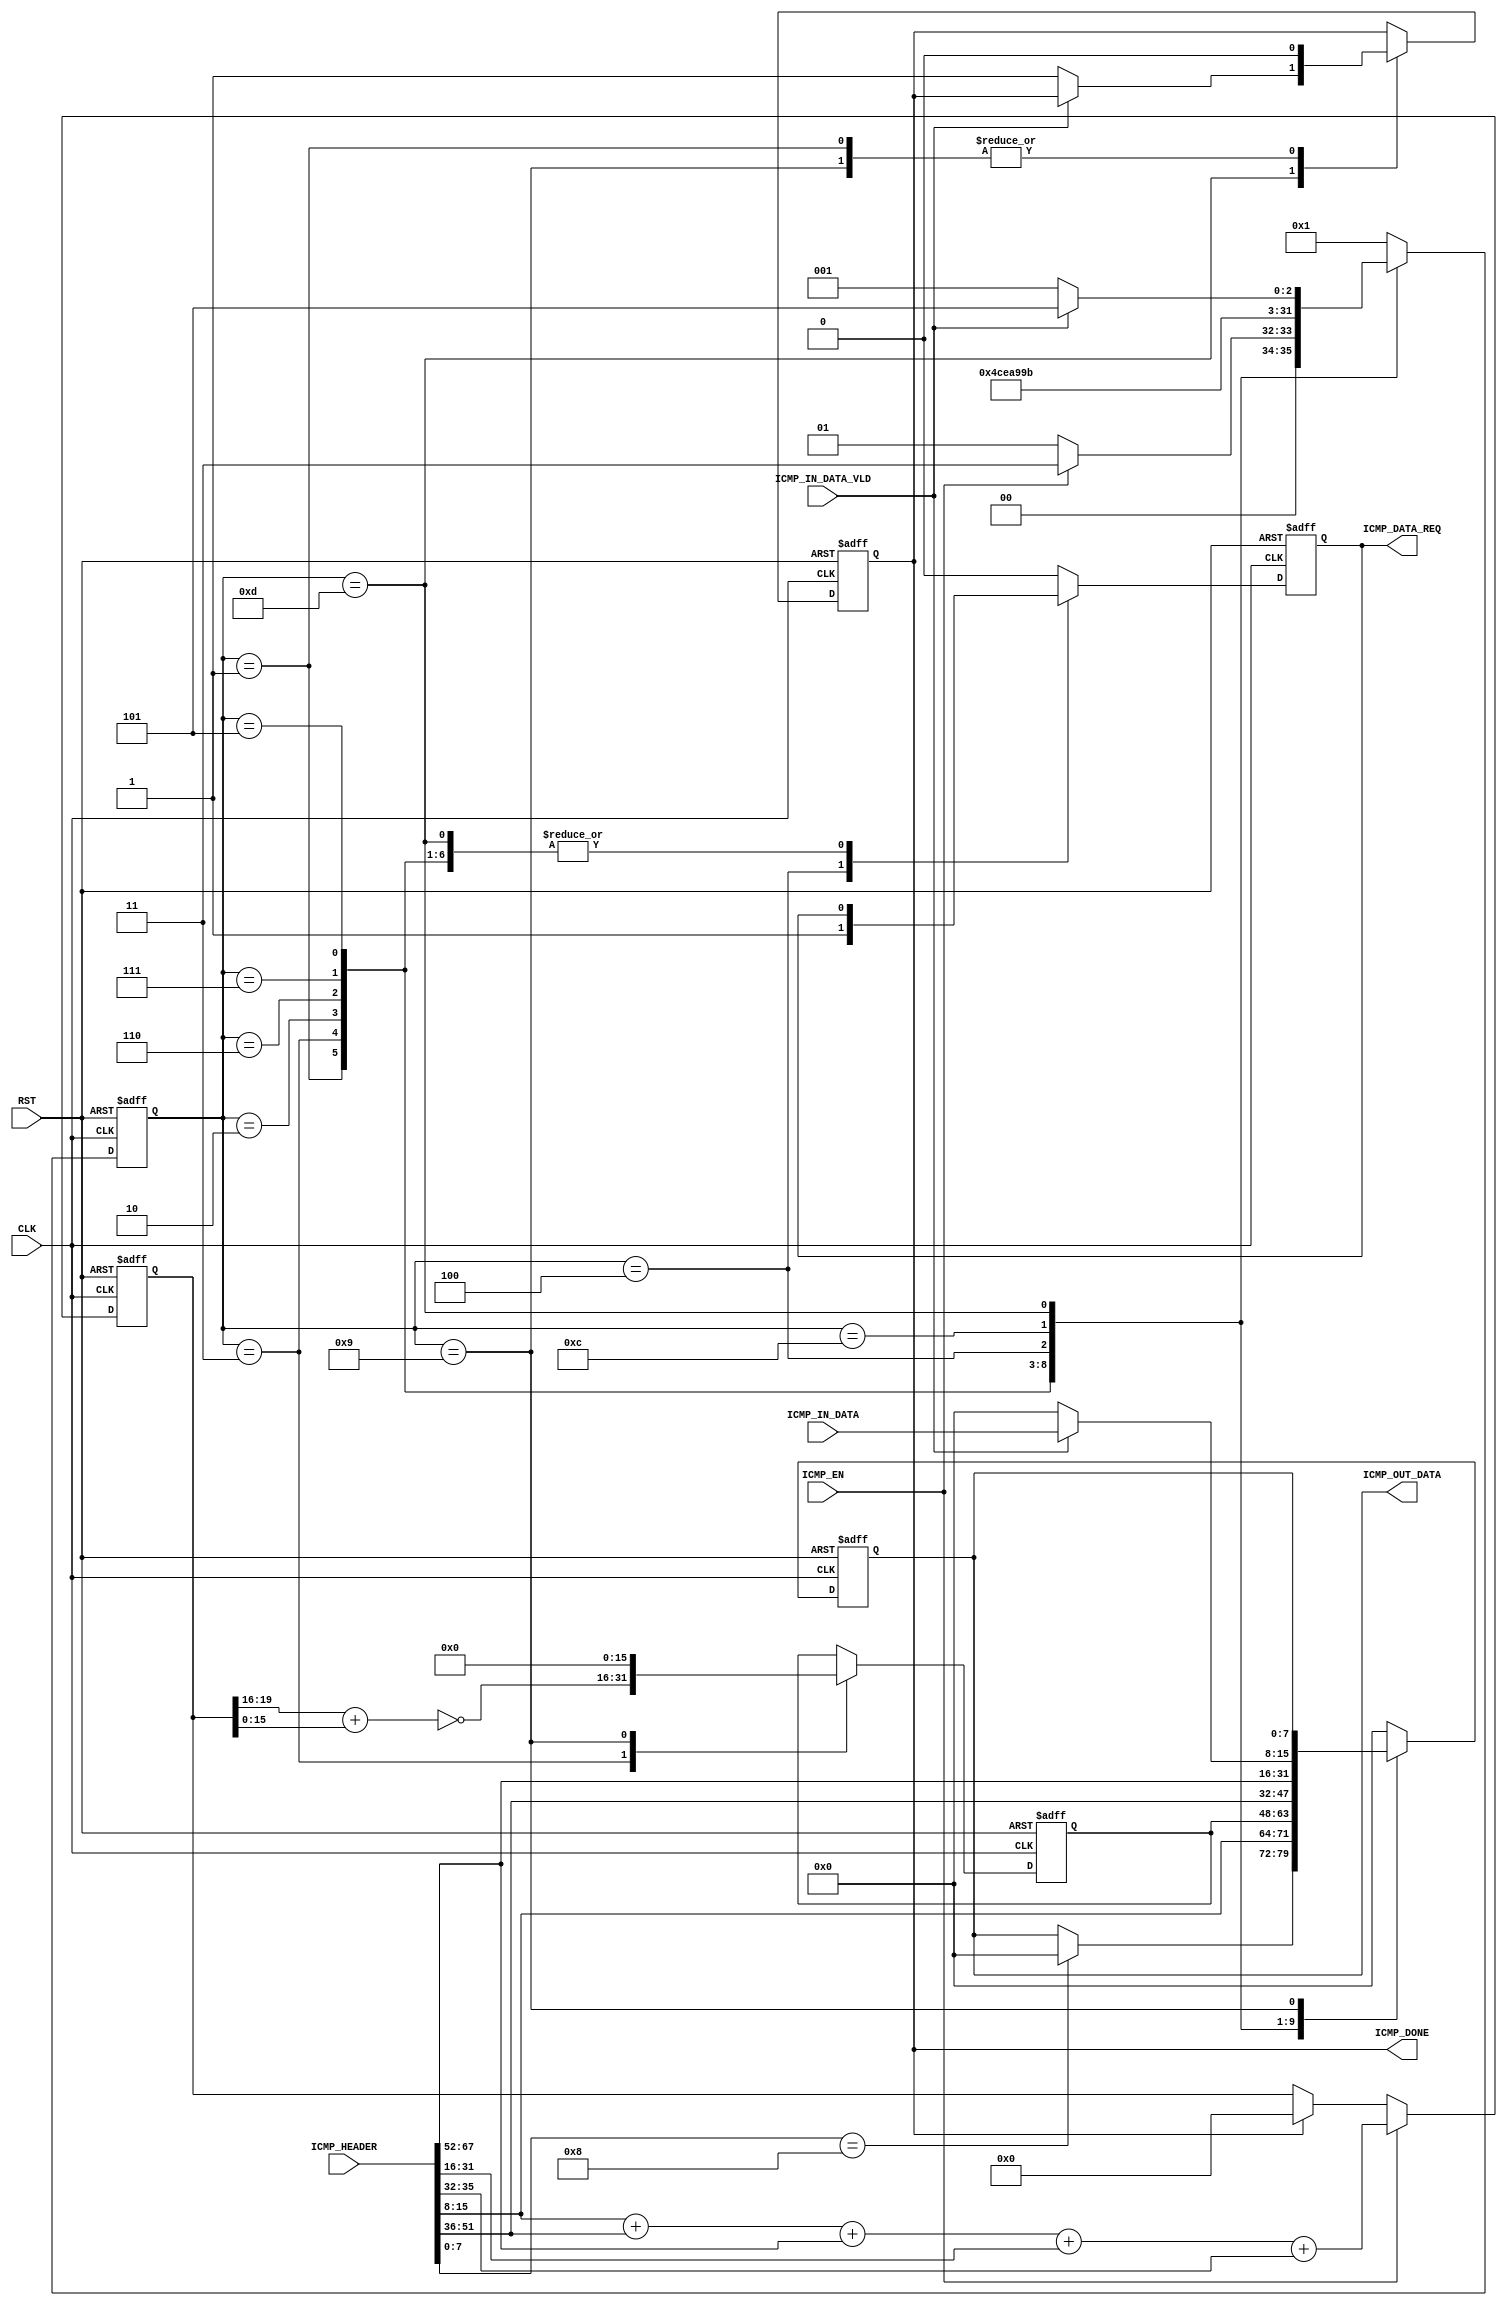
`timescale 1ns/1ps

`define ICMP_REPLY_TYPE 8'd0

module ICMP_CODER
#(
parameter HTGv6_IP_ADDR 	= 32'hC0_A8_00_01,
parameter HTGv6_MAC_ADDR 	= 48'h00_0A_35_00_00_01
)
(
input RST,
input CLK,

// ICMP 
output reg		ICMP_DATA_REQ,
input [7:0] 	ICMP_IN_DATA,
input 			ICMP_IN_DATA_VLD,

input           ICMP_EN,
input[8*8+4-1:0]ICMP_HEADER,
output reg [7:0]ICMP_OUT_DATA,
output reg		ICMP_DONE
);

localparam ICMP_BYTE0_ST = 4'b0001;
localparam ICMP_BYTE1_ST = 4'b0011;       
localparam ICMP_BYTE2_ST = 4'b0010;       
localparam ICMP_BYTE3_ST = 4'b0110;
localparam ICMP_BYTE4_ST = 4'b0111;     
localparam ICMP_BYTE5_ST = 4'b0101;
localparam ICMP_BYTE6_ST = 4'b0100;
localparam ICMP_BYTE7_ST = 4'b1100;
localparam ICMP_DATA_ST	 = 4'b1101;
localparam ICMP_DONE_ST  = 4'b1001; 

(* fsm_encoding = "gray" *) 
reg [3:0]  ICMP_ST;
reg [19:0] CHECKSUM;
reg [15:0] ICMP_OUT_CHECKSUM;

wire [7:0]  ICMP_TYPE;
wire [7:0]  ICMP_CODE;
wire [19:0] ICMP_DATA_CHECKSUM;  //        
wire [15:0] ICMP_IDENTIFIER;
wire [15:0] ICMP_SEQUENCER;

assign ICMP_TYPE            = ICMP_HEADER[7:0];
assign ICMP_CODE            = ICMP_HEADER[15:8];
assign ICMP_DATA_CHECKSUM   = ICMP_HEADER[35:16];
assign ICMP_IDENTIFIER      = ICMP_HEADER[51:36];
assign ICMP_SEQUENCER       = ICMP_HEADER[67:52];

always @(posedge CLK or posedge RST)
if (RST)							
begin
	ICMP_ST 			<= ICMP_BYTE0_ST;
	ICMP_DONE 		    <= 0;	
	ICMP_OUT_DATA		<= 0;
	ICMP_DATA_REQ		<= 0;
	ICMP_OUT_CHECKSUM   <= 0;
end
else 
(* parallel_case *)(* full_case *)
case (ICMP_ST)
//   ICMP_TYPE
ICMP_BYTE0_ST:							if (ICMP_EN)	
														begin
															ICMP_ST 			<= ICMP_BYTE1_ST;
															ICMP_OUT_DATA		<= (ICMP_TYPE == 8'd8)?8'd0:ICMP_OUT_DATA;
															ICMP_DONE			<= 0;
														end
													else 					
														begin
															ICMP_ST 			<= ICMP_BYTE0_ST;
															ICMP_OUT_DATA		<= (ICMP_TYPE == 8'd8)?8'd0:ICMP_OUT_DATA;
															ICMP_DONE			<= 0;
														end
//   ICMP_CODE												
ICMP_BYTE1_ST:								begin
															ICMP_ST 			<= ICMP_BYTE2_ST;
															ICMP_OUT_CHECKSUM   <= ~({12'b0,CHECKSUM [19:16]} + CHECKSUM [15:0]);
															ICMP_OUT_DATA		<= ICMP_CODE;
														end
//   ICMP_OUT_CHECKSUM													
ICMP_BYTE2_ST:								begin                                                                          													
															ICMP_ST 			<= ICMP_BYTE3_ST;                                                     														
															ICMP_OUT_DATA		<= ICMP_OUT_CHECKSUM[15:8];                                           														
														end  
ICMP_BYTE3_ST:								begin                                                                          
															ICMP_ST 			<= ICMP_BYTE4_ST;                                                     
															ICMP_OUT_DATA		<= ICMP_OUT_CHECKSUM[7:0];                                           
														end     
//   ICMP_IDENTIFIER		
ICMP_BYTE4_ST:								begin                                                                          
															ICMP_ST 			<= ICMP_BYTE5_ST;                                                     
															ICMP_OUT_DATA		<= ICMP_IDENTIFIER[15:8];                                           
														end      
ICMP_BYTE5_ST:								begin                                                                          
															ICMP_ST				<= ICMP_BYTE6_ST;                                                     
															ICMP_OUT_DATA		<= ICMP_IDENTIFIER[7:0];                                           
														end    
//   ICMP_SEQUENCER
ICMP_BYTE6_ST:								begin                                                                          
															ICMP_ST				<= ICMP_BYTE7_ST;                                                     													                                                     														
															ICMP_OUT_DATA		<= ICMP_SEQUENCER[15:8];   
															ICMP_DATA_REQ		<= 1;                                        														
														end    
ICMP_BYTE7_ST:								begin                                                                          			
															ICMP_ST 			<= ICMP_DATA_ST;                                                     			
															ICMP_OUT_DATA		<= ICMP_SEQUENCER[7:0]; 
															ICMP_DATA_REQ		<= 0;                                        			
														end  
//      ICMP	
ICMP_DATA_ST:								if (ICMP_IN_DATA_VLD)	
														begin
														    ICMP_ST 			<= ICMP_DATA_ST;
															ICMP_OUT_DATA		<= ICMP_IN_DATA;     
														end
										    else 		
													    begin
															ICMP_ST			    <= ICMP_DONE_ST;
															ICMP_OUT_DATA		<= 0;   
															ICMP_DONE 			<= 1;	  
												    	end
ICMP_DONE_ST:							begin	
														    ICMP_ST 		    <= ICMP_BYTE0_ST; 
														    ICMP_OUT_CHECKSUM   <= 0;
														    ICMP_DONE           <= 0;
													end	
default:
													begin
														    ICMP_ST 			<= ICMP_BYTE0_ST;
														    ICMP_OUT_DATA		<= 0;
														    ICMP_DATA_REQ		<= 0;
													end
endcase												

always @(posedge CLK or posedge RST)
if (RST)            CHECKSUM <= 0;
else if (ICMP_EN)   CHECKSUM <= {12'b0,ICMP_CODE} + {4'b0,ICMP_IDENTIFIER} + {4'b0,ICMP_SEQUENCER} + ICMP_DATA_CHECKSUM[15:0] + {12'b0,ICMP_DATA_CHECKSUM[19:16]};
else if (ICMP_DONE) CHECKSUM <= 0;
else                CHECKSUM <= CHECKSUM;

//assign CHECKSUM = {12'b0,ICMP_CODE} + {4'b0,ICMP_IDENTIFIER} + {4'b0,ICMP_SEQUENCER} + ICMP_DATA_CHECKSUM;

/*always @(posedge CLK)
if (RST)													CHECKSUM <= 0;
else if (ICMP_ST == ICMP_BYTE0_ST)		                    CHECKSUM <= {12'b0,ICMP_CODE} + {4'b0,ICMP_IDENTIFIER} + {4'b0,ICMP_SEQUENCER} + ICMP_DATA_CHECKSUM;
else if (ICMP_ST == ICMP_DONE_ST)		                    CHECKSUM <= 0;
*/

/*
//////////////////////////////////////////////////////////////////////////////////////////////////////////////////////////////////////////////////////////////////////////////////////////////////////////////////////////////////////////
/////////////////////////////////////////////////////////////////////////////////////////////////  CHIP SCOPE ///////////////////////////////////////////////////////////////////////////////////////////////////////
//////////////////////////////////////////////////////////////////////////////////////////////////////////////////////////////////////////////////////////////////////////////////////////////////////////////////////////////////////////
wire [35:0] CONTROL0;

	     chipscope_icon_v1_06_a_0 ICON
	(	    .CONTROL0			(CONTROL0)	);
	
	chipscope_ila_v1_05_a_0 ILA
	(
	    .CONTROL	    (CONTROL0), // INOUT BUS [35:0]
	    .CLK			(CLK), // IN
	    
	    .TRIG0			({ICMP_DATA_CHECKSUM,CHECKSUM,ICMP_OUT_CHECKSUM,ICMP_DONE,ICMP_EN}), // IN BUS [63:0]
	    .TRIG1			({24'b0,ICMP_CODE,ICMP_IDENTIFIER,ICMP_SEQUENCER}) // IN BUS [63:0]
	);
*/

endmodule